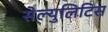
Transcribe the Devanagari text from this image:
सेल्युलिटिस